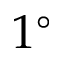
1 ^ { \circ }